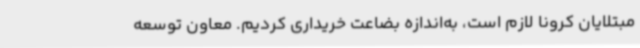
مبتلایان کرونا لازم است، به‌اندازه بضاعت خریداری کردیم. معاون توسعه